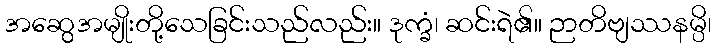
အဆွေအမျိုးတို့သေခြင်းသည်လည်း။ ဒုက္ခံ၊ ဆင်းရဲ၏။ ဉာတိဗျဿနမ္ပိ၊